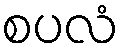
စပလံ